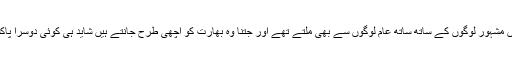
وہ بھارت کے دوروں میں مشہور لوگوں کے ساتھ ساتھ عام لوگوں سے بھی ملتے تھے اور جتنا وہ بھارت کو اچھی طرح جانتے ہیں شاید ہی کوئی دوسرا پاکستانی وزیراعظم جانتا ہو۔